Indian Civil Veterinary Department memoirs
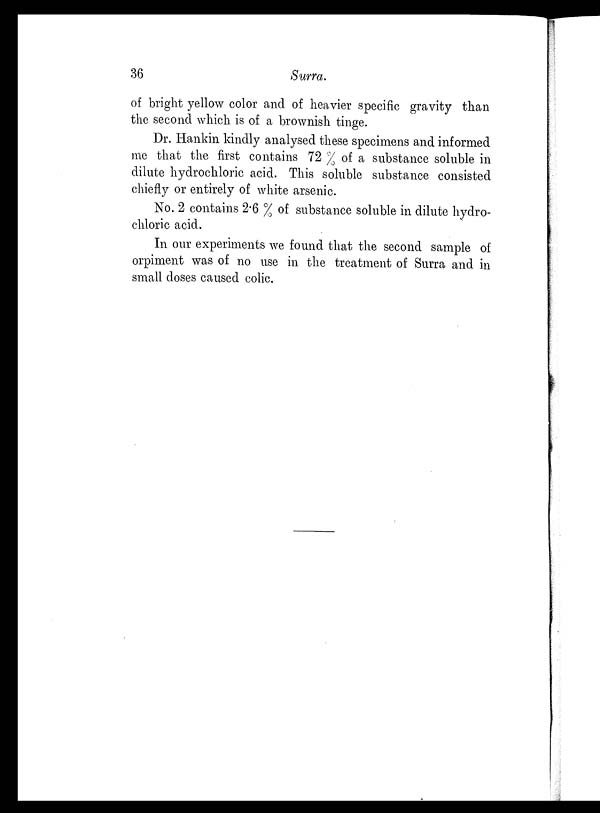
36
Surra.
of bright yellow color and of heavier specific gravity than
the second which is of a brownish tinge.
Dr. Hankin kindly analysed these specimens and informed
me that the first contains 72 % of a substance soluble in
dilute hydrochloric acid. This soluble substance consisted
chiefly or entirely of white arsenic.
No. 2 contains 2.6 % of substance soluble in dilute hydro-
chloric acid.
In our experiments we found that the second sample of
orpiment was of no use in the treatment of Surra and in
small doses caused colic.